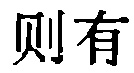
则有